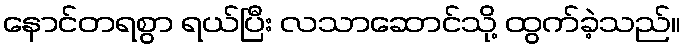
နောင်တရစွာ ရယ်ပြီး လသာဆောင်သို့ ထွက်ခဲ့သည်။